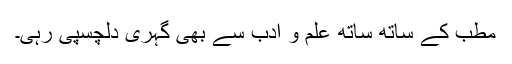
مطب کے ساتھ ساتھ علم و ادب سے بھی گہری دلچسپی رہی۔